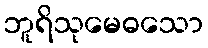
ဘူရိသုမေဓသော